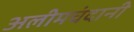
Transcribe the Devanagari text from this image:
अलीमचंदानी